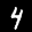
Label: 4